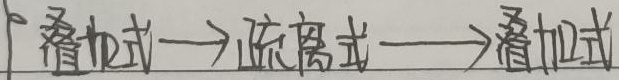
叠加式→疏离式→叠加式